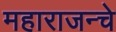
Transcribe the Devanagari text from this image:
महाराजन्चे